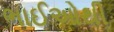
ભાઈઓથી